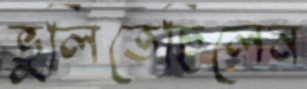
ভুলিতেছিলেন